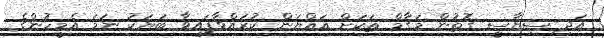
އަދި ސިޔާސީ ގޮތުން މަގާމް ތަކަށް އައްޔަން ކުރައްވާފައިވާ ބަޔަކު ނަމަ އެމީހުންގެ